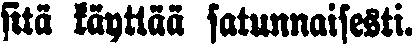
sitä käyttää satunnaisesti.